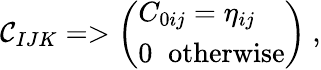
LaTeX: \mathcal{C}_{IJK}=>\left(\begin{array}{l}{{C_{0ij}=\eta_{ij}}}\\ {{0\; \; \mathrm{otherwise}}}\end{array}\right)\ ,